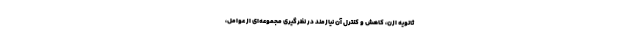
ثانویه ازن، کاهش و کنترل آن نیازمند در نظرگیری مجموعه‌ای از عوامل،